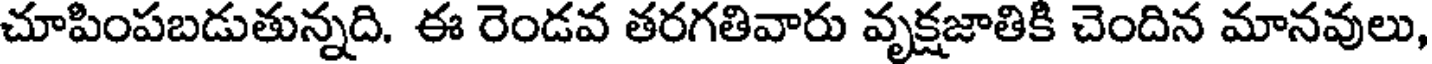
చూపింపబడుతున్నది. ఈ రెండవ తరగతివారు వృక్షజాతికి చెందిన మానవులు,